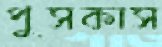
পুসকাস